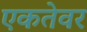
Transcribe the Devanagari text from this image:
एकतेवर